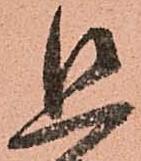
追